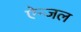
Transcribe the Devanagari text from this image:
ऐन्जल